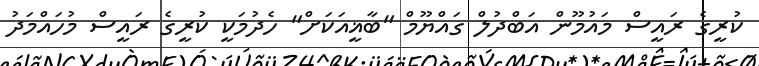
ކުރީގެ ރައީސް މައުމޫން އަބްދުލް ގައްޔޫމް "ބާޣީއަކަށް" ހެދުމަކީ ކުރީގެ ރައީސް މުހައްމަދު